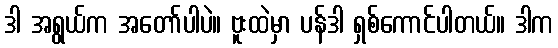
ဒါ အရွယ်က အတော်ပါပဲ။ ဗူးထဲမှာ ပန်ဒါ ရှစ်ကောင်ပါတယ်။ ဒါက